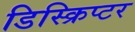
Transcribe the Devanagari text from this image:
डिस्क्रिप्टर